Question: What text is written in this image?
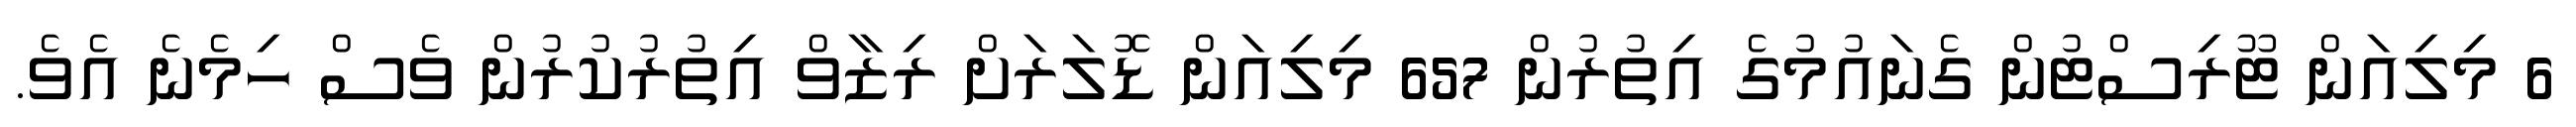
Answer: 6 މިލިއަން ޓޫރިސްޓުން ގެނައުމުގެ އިތުރުން 657 މިލިއަން ޑޮލަރަށް ރިޒާވް އިތުރުކުރުން ވެސް ހިމެނެ އެވެ.